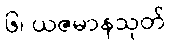
၆၊ ယဇမာနသုတ်